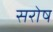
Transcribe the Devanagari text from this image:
सरोष